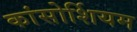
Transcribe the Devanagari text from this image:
कांसोर्शियम